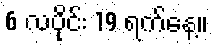
6 လပိုင်း 19 ရက်နေ့။